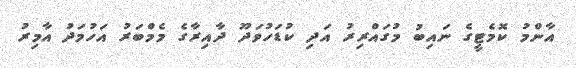
އާންމު ކޮމެޓީގެ ނައިބު މުގައްރިރު އަދި ކުޑަހުވަދޫ ދާއިރާގެ މެމްބަރު އަހުމަދު އާމިރު